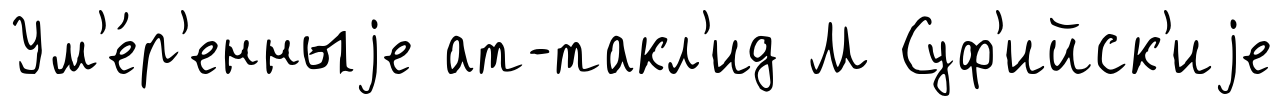
Ум'е́р'енныjе ат-такл'ид М Суф'ийск'иjе